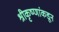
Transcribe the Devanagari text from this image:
श्रीकृष्णांकडून